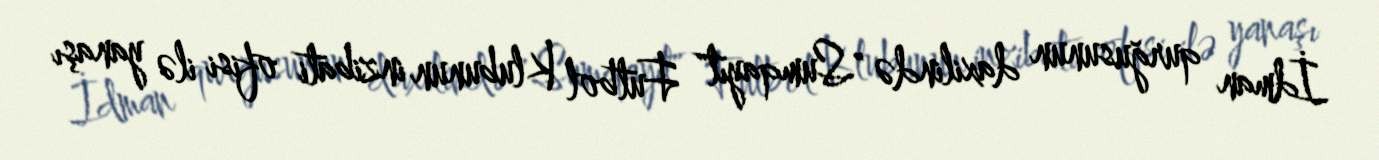
İdman qurğusunun daxilində "Sumqayıt" Futbol Klubunun inzibati ofisi ilə yanaşı